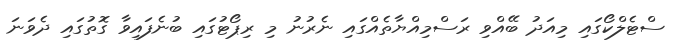
ސްޓެލްކޯގައި މިއަދު ބޭއްވި ރަސްމިއްޔާތެއްގައި ނެރުނު މި ރިޕޯޓުގައި ބުނެފައިވާ ގޮތުގައި ދެވަނަ